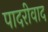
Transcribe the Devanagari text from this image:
पादरीवाद